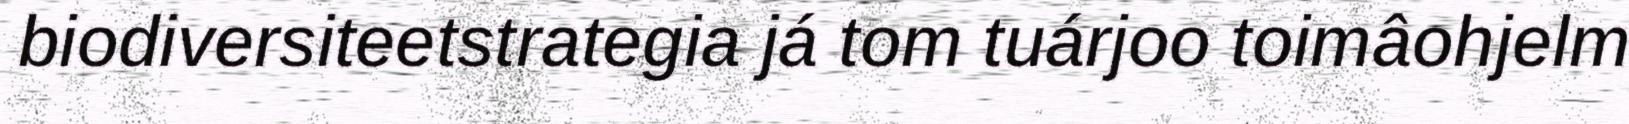
biodiversiteetstrategia já tom tuárjoo toimâohjelm